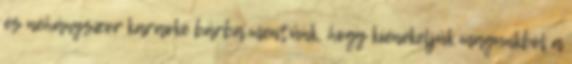
és néhányszor karaoke bárba mentünk, hogy kiénekeljük magunkból a